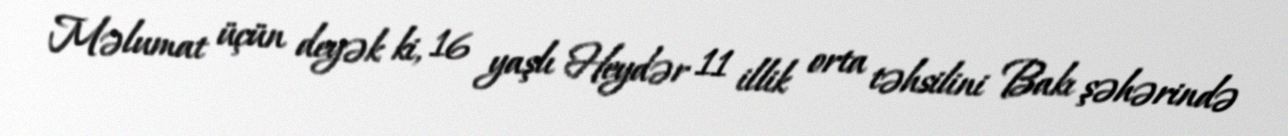
Məlumat üçün deyək ki, 16 yaşlı Heydər 11 illik orta təhsilini Bakı şəhərində